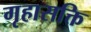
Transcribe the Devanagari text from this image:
गृहासक्ति